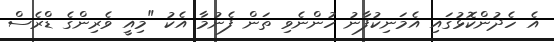
އެ ހެދުންކޮޅުގައި އެމަނިކުފާނު ހުންނެވި ތަން ފެނުމާ އެކު "މިއީ ވެރިންގެ ޑްރެސް